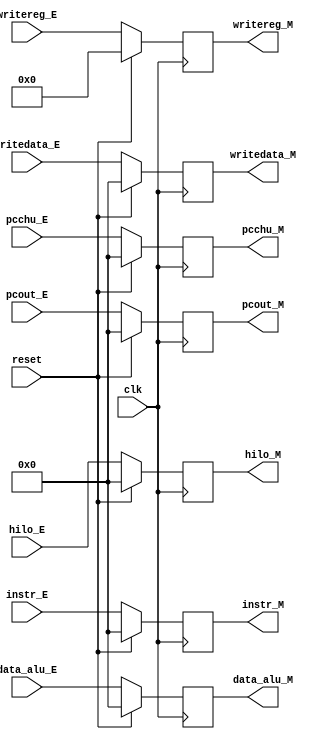
`timescale 1ns / 1ps
//////////////////////////////////////////////////////////////////////////////////
// Company: 
// Engineer: 
// 
// Design Name: 
// Module Name:    jicunqi_M 
// Project Name: 
// Target Devices: 
// Tool versions: 
// Description: 
//
// Dependencies: 
//
// Revision: 
// Revision 0.01 - File Created
// Additional Comments: 
//
//////////////////////////////////////////////////////////////////////////////////
module jicunqi_M(
	
    input [31:0] instr_E,
    input [31:0] data_alu_E,
    input [31:0] writedata_E,
	 input [31:0] pcout_E,
	 input [31:0] pcchu_E,
    input [4:0] writereg_E,
	 //input [31:0] alu_m,
	 input clk,
	 input reset,
	 input [31:0] hilo_E,
    output reg [31:0] instr_M,
    output reg [31:0] data_alu_M,
    output reg [31:0] writedata_M,
    output reg [4:0] writereg_M,
	 output reg [31:0] pcout_M,
	 output reg [31:0] hilo_M,
	 //output reg [1:0] alu_w,
	 output reg [31:0] pcchu_M
    );
	 initial begin
			instr_M = 0;
			data_alu_M = 0;
			writedata_M = 0;
			writereg_M = 0;
			pcout_M = 0;
			pcchu_M = 0;
			hilo_M = 0;
			//alu_w = 0;
	 end
	 always @(posedge clk)begin
		if(reset)begin
			instr_M <= 0;
			data_alu_M <= 0;
			writedata_M <= 0;
			writereg_M <= 0;
			pcout_M <=0;
			pcchu_M <= 0;
			hilo_M <=0;
			//alu_w <= 0;
		end
		else begin
			instr_M <= instr_E;
			data_alu_M <= data_alu_E;
			writedata_M <= writedata_E;
			writereg_M <= writereg_E;
			pcout_M <= pcout_E;
			pcchu_M <= pcchu_E;
			hilo_M <= hilo_E;
			//alu_w <= alu_m[1:0];
		end
	 end


endmodule